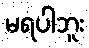
မရပါဘူး